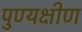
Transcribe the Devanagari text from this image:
पुण्यक्षीण